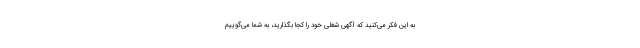
به این فکر می‌کنید که آگهی شغلی خود را کجا بگذارید، به شما می‌گوییم